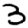
Digit: 3